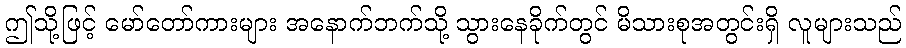
ဤသို့ဖြင့် မော်တော်ကားများ အနောက်ဘက်သို့ သွားနေခိုက်တွင် မိသားစုအတွင်းရှိ လူများသည်